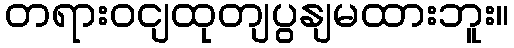
တရားဝငျထုတျပွနျမထားဘူး။